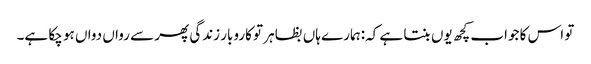
تو اس کا جواب کچھ یوں بنتا ہے کہ:ہمارے ہاں بظاہر تو کاروبار زندگی پھر سے رواں دواں ہو چکا ہے۔